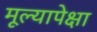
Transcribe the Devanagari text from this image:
मूल्यापेक्षा